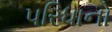
પરિધાનો